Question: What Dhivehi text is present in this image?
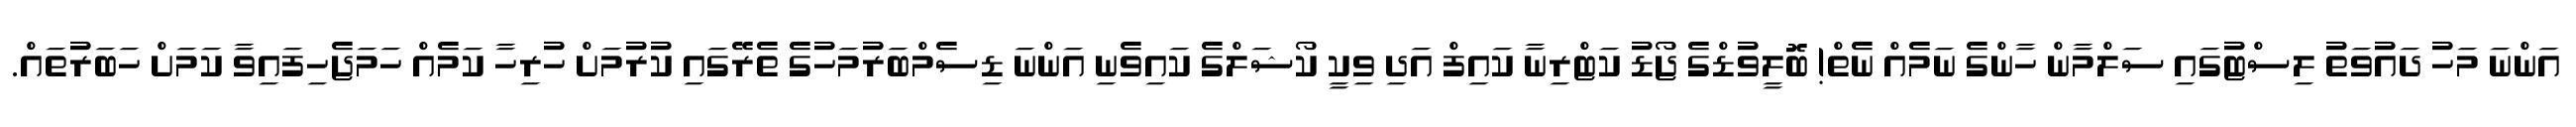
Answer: އަންނަ މަހު ދައުވަތު ލިސްޓުގައި ސަލްމާން ހާންގެ ނަމެއް ނެތް! ބޮލީވުޑްގެ ޖޯޑު ކަޓްރިނާ ކައިފް އަދި ވިކީ ކޯޝަލްގެ ކައިވެނި އަންނަ ޑިސެމްބަރުމަހުގެ ތެރޭގައި ކުރުމަށް ހުރިހާ ކަމެއް ހަމަޖެހިފައިވާ ކަމަށް ހަބަރުތައް.